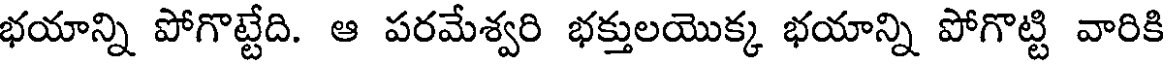
భయాన్ని పోగొట్టేది. ఆ పరమేశ్వరి భక్తులయొక్క భయాన్ని పోగొట్టి వారికి